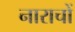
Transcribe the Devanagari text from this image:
नाराचों